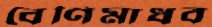
বেণিমাধব